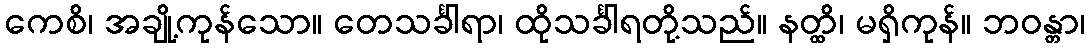
ကေစိ၊ အချို့ကုန်သော။ တေသင်္ခါရာ၊ ထိုသင်္ခါရတို့သည်။ နတ္ထိ၊ မရှိကုန်။ ဘဝန္တာ၊